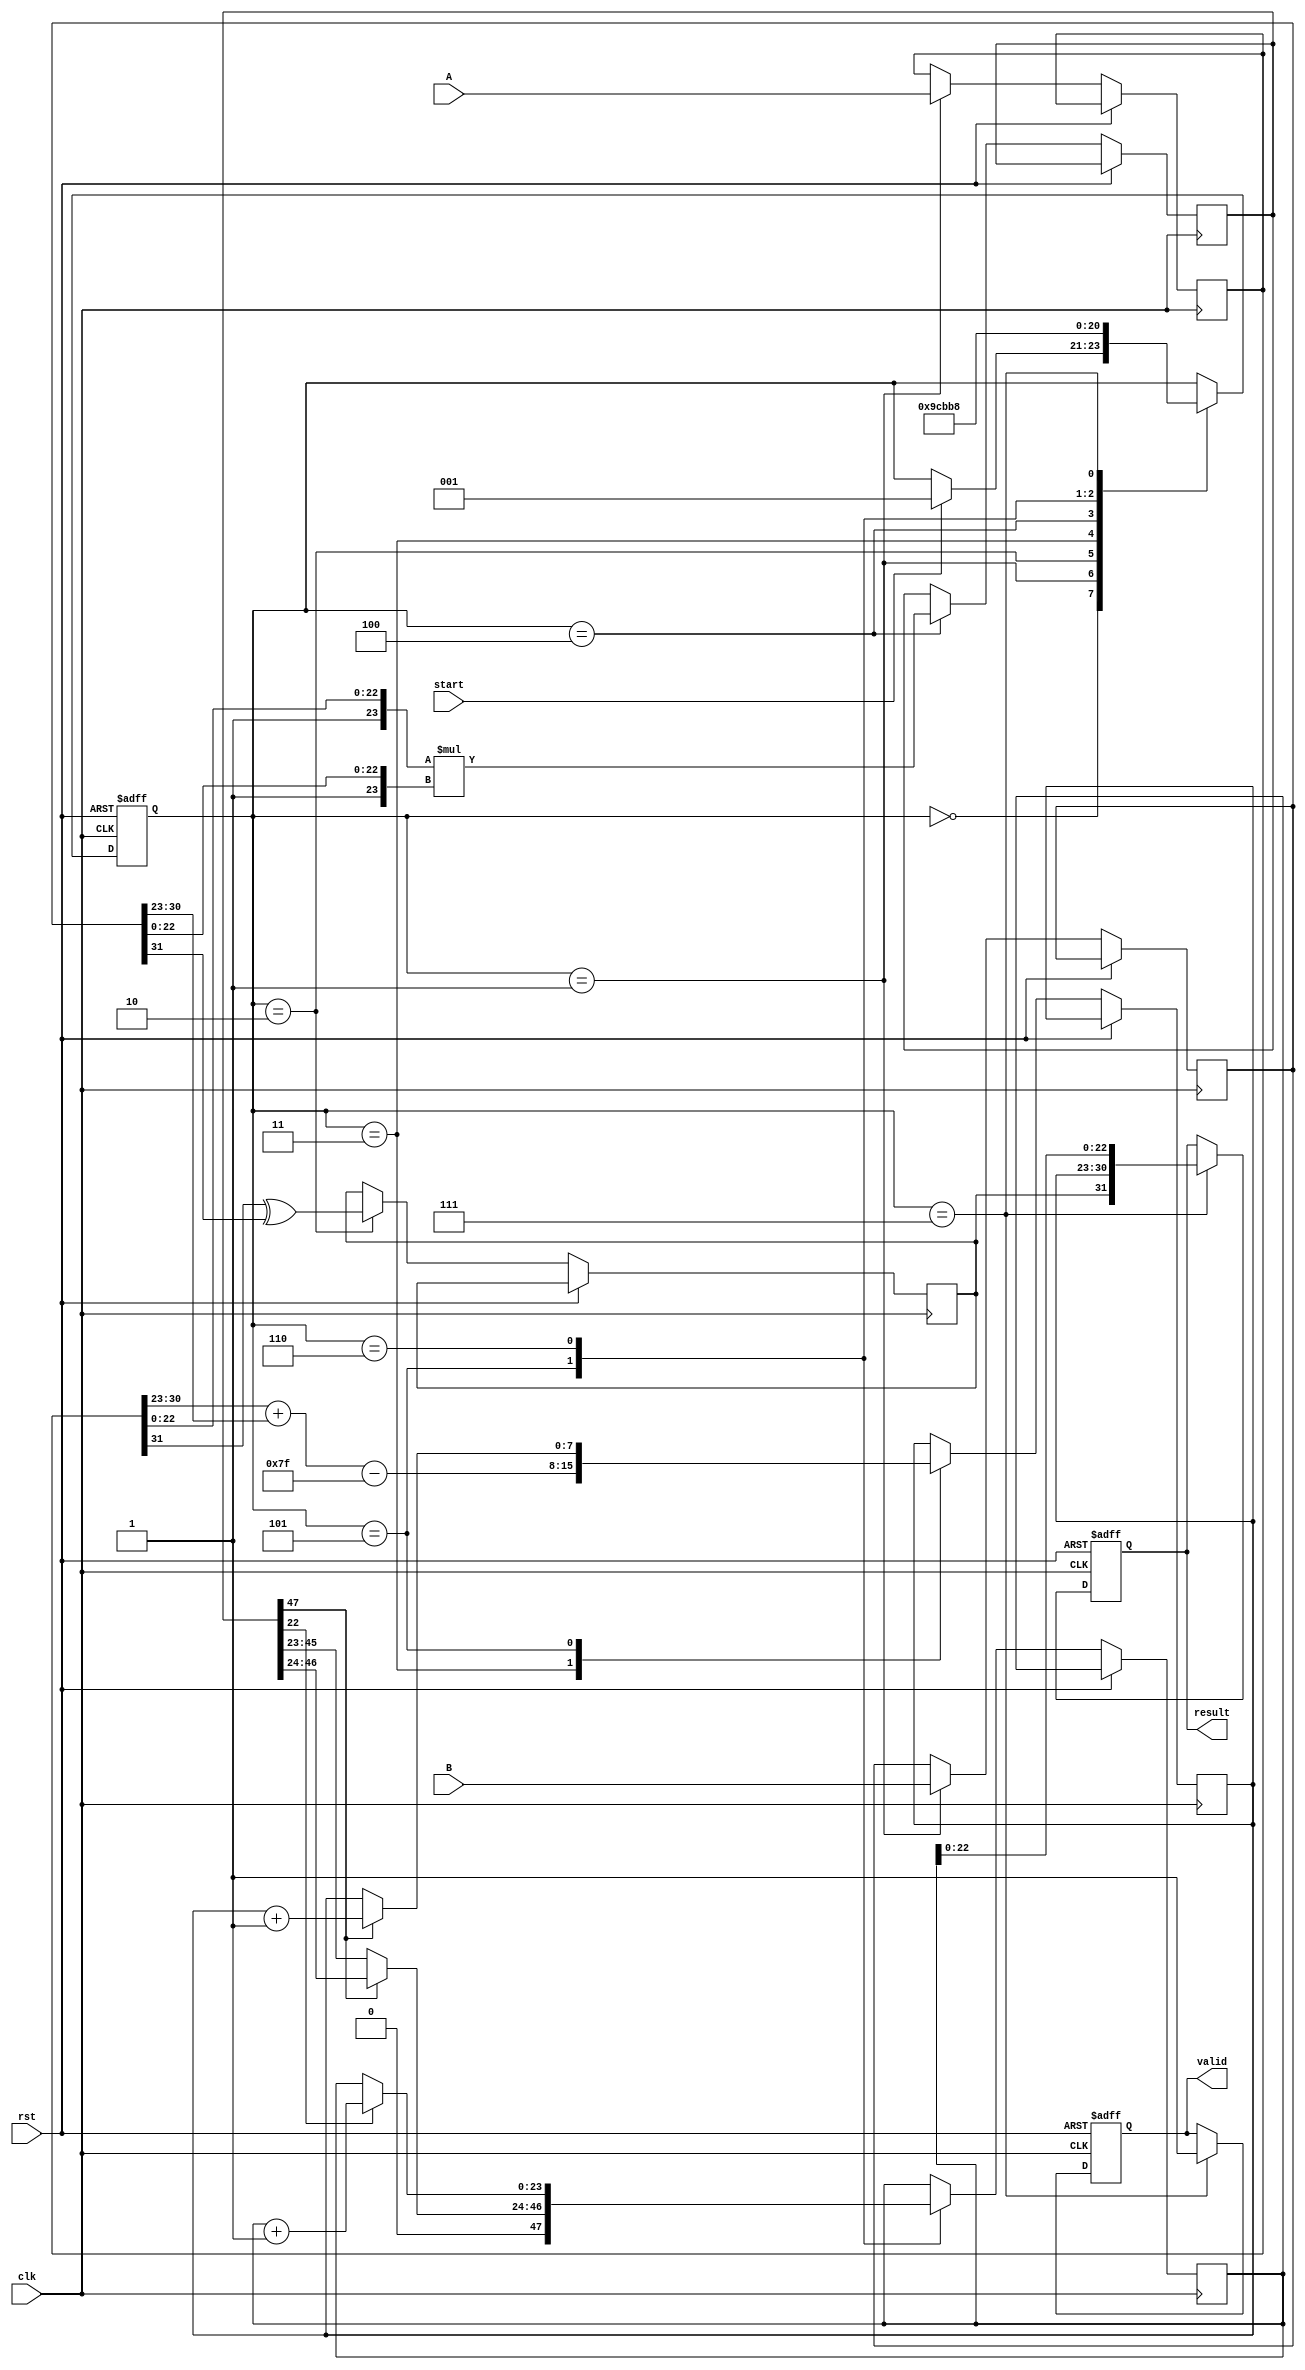
module fp_multiplier (
    input wire clk,
    input wire rst,
    input wire start,
    input wire [31:0] A, // 32-bit floating point input A
    input wire [31:0] B, // 32-bit floating point input B
    output reg [31:0] result, // 32-bit floating point result
    output reg valid // Output valid signal
);

// Define parameters
localparam BIAS = 127;
localparam MANTISSA_SIZE = 23;

// Internal registers for pipeline stages
reg [31:0] A_reg, B_reg; // Stage 1
reg sign; // Stage 2
reg [7:0] exponent; // Stage 3
reg [47:0] mantissa; // Stage 4
reg [23:0] final_mantissa; // Stage 5
reg [7:0] final_exponent; // Stage 5
reg final_sign; // Stage 6

// Control signals
reg [2:0] state; // Current state of pipeline
localparam IDLE = 3'b000, LOAD = 3'b001, SIGN = 3'b010, EXPONENT = 3'b011, MANTISSA = 3'b100, NORMALIZE = 3'b101, ROUNDED = 3'b110, OUTPUT = 3'b111;

// State machine for pipeline control
always @(posedge clk or posedge rst) begin
    if (rst) begin
        state <= IDLE;
        valid <= 0;
        result <= 32'b0;
    end else begin
        case (state)
            IDLE: begin
                if (start) begin
                    state <= LOAD;
                end
            end

            LOAD: begin
                A_reg <= A;
                B_reg <= B;
                state <= SIGN;
            end

            SIGN: begin
                sign <= A_reg[31] ^ B_reg[31];
                state <= EXPONENT;
            end

            EXPONENT: begin
                final_exponent <= (A_reg[30:23] + B_reg[30:23] - BIAS);
                state <= MANTISSA;
            end

            MANTISSA: begin
                // Multiply mantissas (with implicit leading 1 for normalized values)
                mantissa <= {1'b1, A_reg[22:0]} * {1'b1, B_reg[22:0]};
                state <= NORMALIZE;
            end

            NORMALIZE: begin
                // Normalize the mantissa
                if (mantissa[47]) begin
                    final_mantissa <= mantissa[46:24]; // Shift right
                    final_exponent <= final_exponent + 1;
                end else begin
                    final_mantissa <= mantissa[45:23]; // No shift
                end
                state <= ROUNDED;
            end

            ROUNDED: begin
                // Handle rounding (basic round to nearest even)
                if (mantissa[22]) begin // Check the bit to round
                    final_mantissa <= final_mantissa + 1;
                end
                state <= OUTPUT;
            end

            OUTPUT: begin
                result <= {sign, final_exponent, final_mantissa[22:0]};
                valid <= 1; // Indicate result is valid
                state <= IDLE; // Go back to IDLE
            end
        endcase
    end
end

endmodule